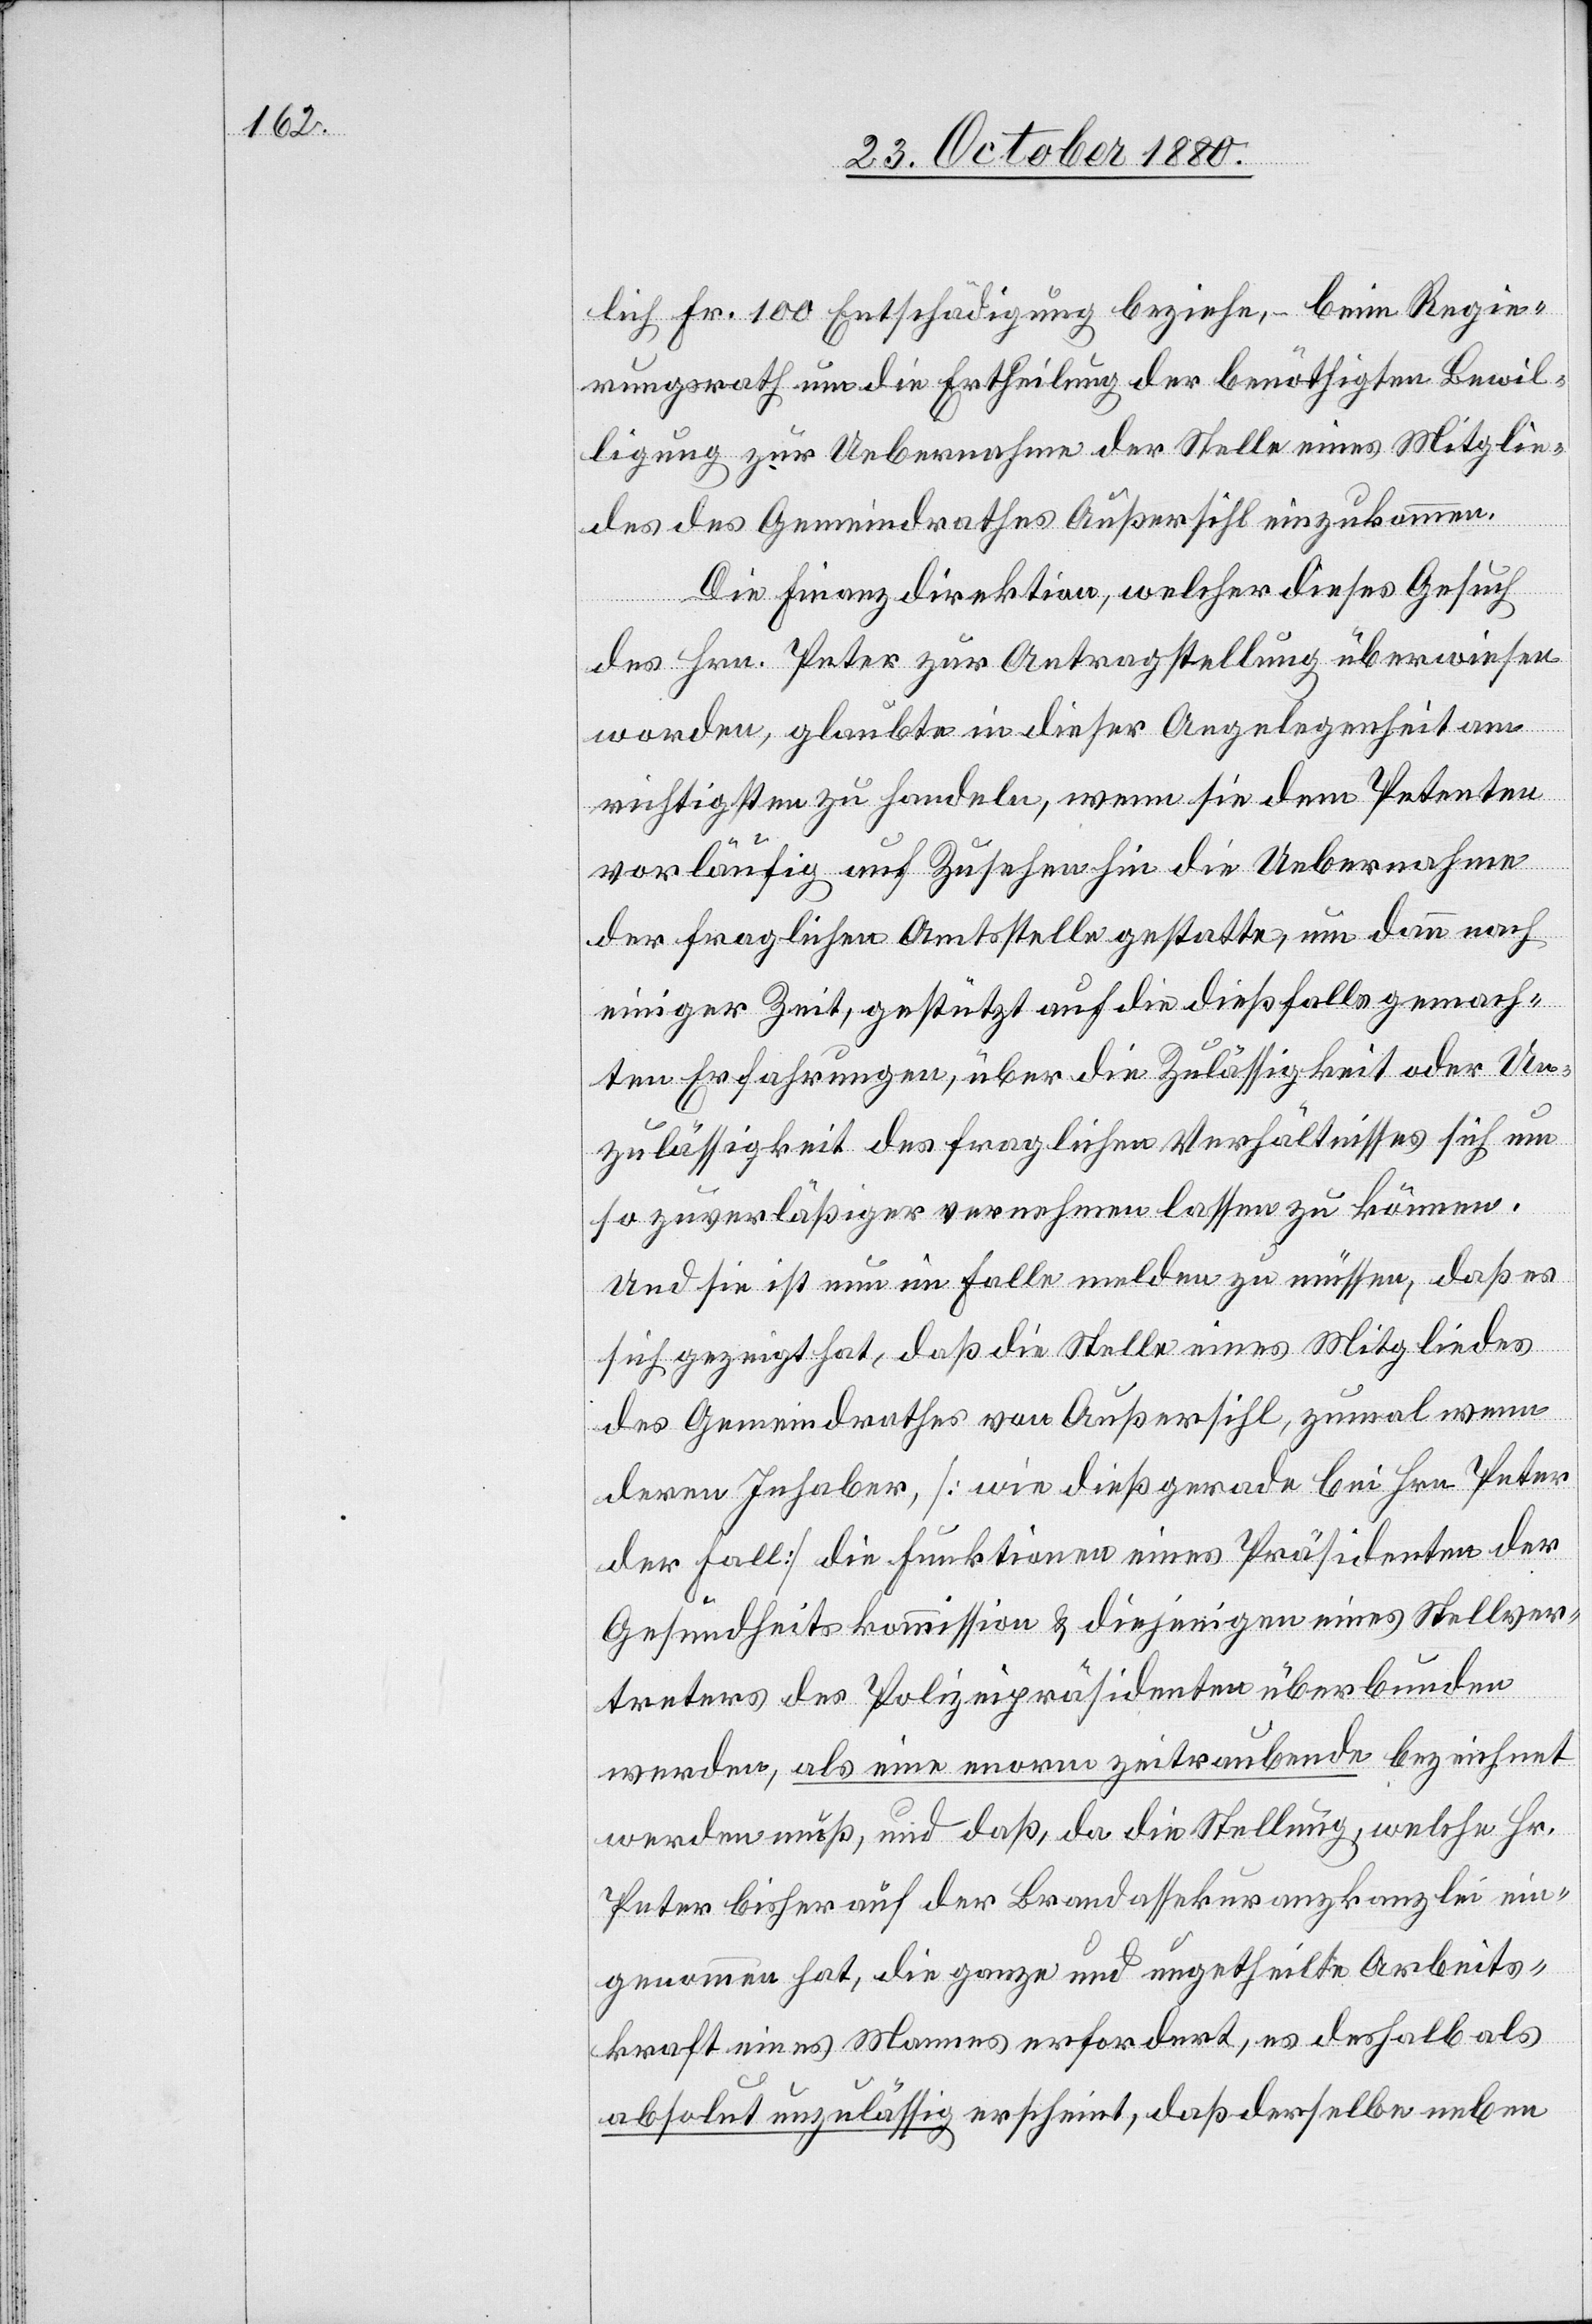
lich Fr. 100 Entschädigung beziehe, – beim Regie¬
rungsrath um die Ertheilung der benöthigten Bewil¬
ligung zur Uebernahme der Stelle eines Mitglie¬
des des Gemeindrathes Außersihl einzukommen.
Die Finanzdirektion, welcher dieses Gesuch
des Hrn. Peter zur Antragstellung überwiesen
worden, glaubte in dieser Angelegenheit am
richtigsten zu handeln, wenn sie dem Petenten
vorläufig auf Zusehen hin die Uebernahme
der fraglichen Amtsstelle gestatte, um dann nach
einiger Zeit, gestützt auf die dießfalls gemach¬
ten Erfahrungen, über die Zulässigkeit oder Un¬
zulässigkeit des fraglichen Verhältnisses sich um
so zuverläßiger vernehmen lassen zu können.
Und sie ist nun im Falle melden zu müssen, daß es
sich gezeigt hat, daß die Stelle eines Mitgliedes
des Gemeindrathes von Außersihl, zumal wenn
deren Inhaber, [wie dieß gerade bei Hrn. Peter
der Fall] die Funktionen eines Präsidenten der
Gesundheitskommission & diejenigen eines Stellver¬
treters des Polizeipräsidenten überbunden
werde, als eine enorm zeitraubende bezeichnet
werden muß, und daß, da die Stellung, welche Hr.
Peter bisher auf der Brandassekuranzkanzlei ein¬
genommen hat, die ganze und ungetheilte Arbeits¬
kraft eines Mannes erfordert, es deshalb als
absolut unzulässig erscheint, daß derselbe neben